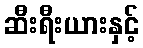
ဆီးရီးယားနှင့်